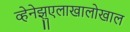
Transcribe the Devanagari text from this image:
व्हेनेझुएलाखालोखाल